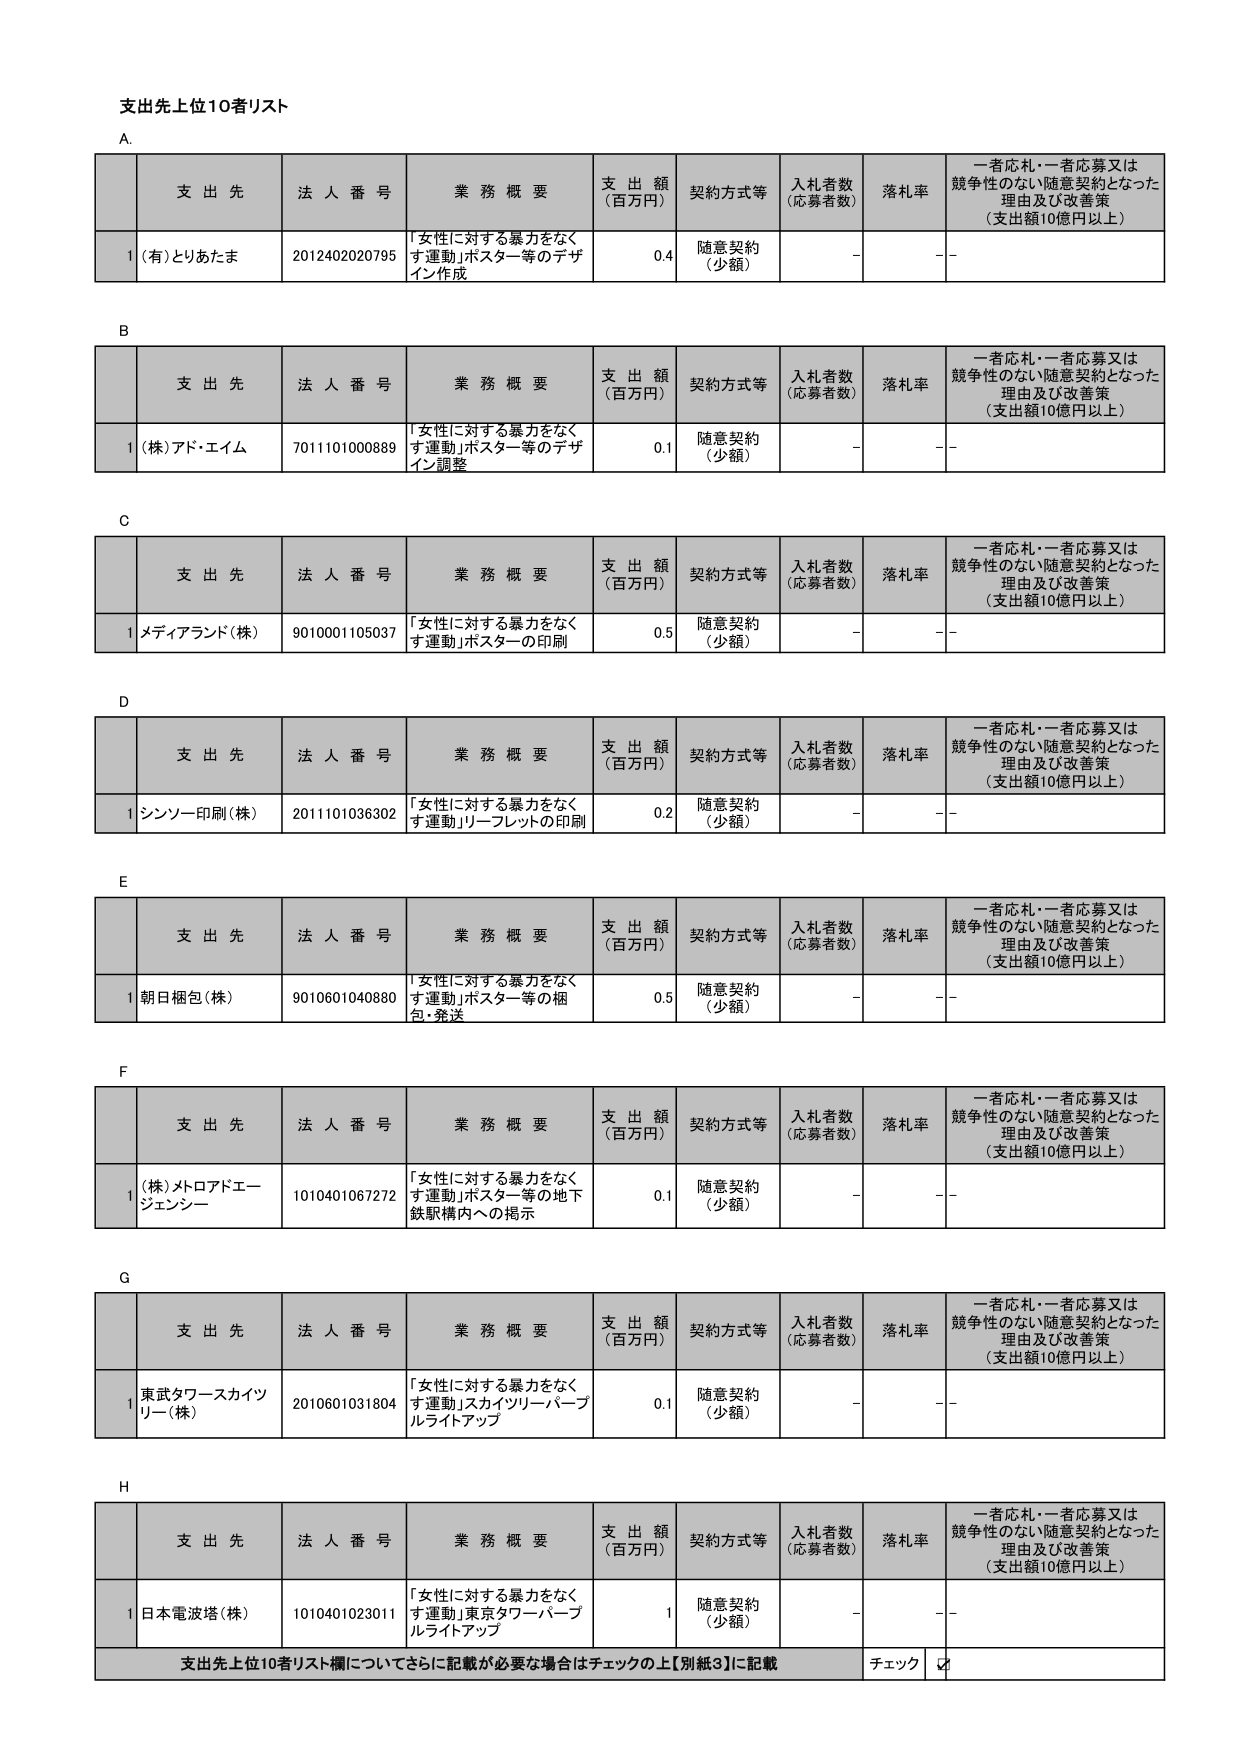
支出先上位10者リスト

A.
支 出 先 法 人 番 号 業 務 概 要 支 出 額 （百万円） 契約方式等 入札者数 （応募者数） 落札率 一者応札・一者応募又は 競争性のない随意契約となった 理由及び改善策 （支出額10億円以上）
1 (有)とりあたま 2012402020795 「女性に対する暴力をなく す運動」ポスター等のデザ イン作成 0.4 随意契約 （少額） - - -

B
支 出 先 法 人 番 号 業 務 概 要 支 出 額 （百万円） 契約方式等 入札者数 （応募者数） 落札率 一者応札・一者応募又は 競争性のない随意契約となった 理由及び改善策 （支出額10億円以上）
1 (株)アド・エイム 7011101000889 「女性に対する暴力をなく す運動」ポスター等のデザ イン調整 0.1 随意契約 （少額） - - -

C
支 出 先 法 人 番 号 業 務 概 要 支 出 額 （百万円） 契約方式等 入札者数 （応募者数） 落札率 一者応札・一者応募又は 競争性のない随意契約となった 理由及び改善策 （支出額10億円以上）
1 メディアランド(株) 9010001105037 「女性に対する暴力をなく す運動」ポスターの印刷 0.5 随意契約 （少額） - - -

D
支 出 先 法 人 番 号 業 務 概 要 支 出 額 （百万円） 契約方式等 入札者数 （応募者数） 落札率 一者応札・一者応募又は 競争性のない随意契約となった 理由及び改善策 （支出額10億円以上）
1 シンソー印刷(株) 2011101036302 「女性に対する暴力をなく す運動」リーフレットの印刷 0.2 随意契約 （少額） - - -

E
支 出 先 法 人 番 号 業 務 概 要 支 出 額 （百万円） 契約方式等 入札者数 （応募者数） 落札率 一者応札・一者応募又は 競争性のない随意契約となった 理由及び改善策 （支出額10億円以上）
1 朝日梱包(株) 9010601040880 「女性に対する暴力をなく す運動」ポスター等の梱 包・発送 0.5 随意契約 （少額） - - -

F
支 出 先 法 人 番 号 業 務 概 要 支 出 額 （百万円） 契約方式等 入札者数 （応募者数） 落札率 一者応札・一者応募又は 競争性のない随意契約となった 理由及び改善策 （支出額10億円以上）
1 (株)メトロアドエー ジェンシー 1010401067272 「女性に対する暴力をなく す運動」ポスター等の地下 鉄駅構内への掲示 0.1 随意契約 （少額） - - -

G
支 出 先 法 人 番 号 業 務 概 要 支 出 額 （百万円） 契約方式等 入札者数 （応募者数） 落札率 一者応札・一者応募又は 競争性のない随意契約となった 理由及び改善策 （支出額10億円以上）
1 東武タワースカイツ リー(株) 2010601031804 「女性に対する暴力をなく す運動」スカイツリーバーブ ルライトアップ 0.1 随意契約 （少額） - - -

H
支 出 先 法 人 番 号 業 務 概 要 支 出 額 （百万円） 契約方式等 入札者数 （応募者数） 落札率 一者応札・一者応募又は 競争性のない随意契約となった 理由及び改善策 （支出額10億円以上）
1 日本電波塔(株) 1010401023011 「女性に対する暴力をなく す運動」東京タワーバーブ ルライトアップ 1 随意契約 （少額） - - -

支出先上位10者リスト欄についてさらに記載が必要な場合はチェックの上【別紙3】に記載 チェック ☑